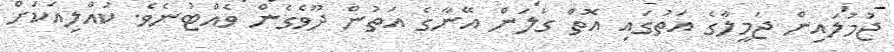
ޖުމުލައިން ޖަމީލާގެ އަތުގައި އޮތް ގަލަން އޭނާގެ އަތުން ދޫވެގެން ވެއްޓުނެވެ. ކުއްލިއަކަށް